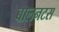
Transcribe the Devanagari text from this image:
बालनटस